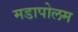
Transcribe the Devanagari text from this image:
मडापोलम